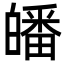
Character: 皤